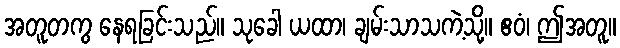
အတူတကွ နေရခြင်းသည်။ သုခေါ ယထာ၊ ချမ်းသာသကဲ့သို့။ ဧဝံ၊ ဤအတူ။